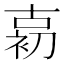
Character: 𱓱